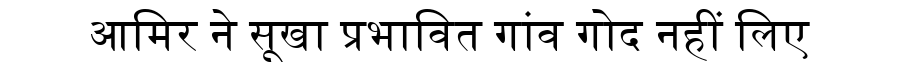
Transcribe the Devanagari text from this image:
आमिर ने सूखा प्रभावित गांव गोद नहीं लिए